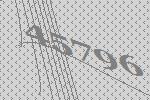
45796